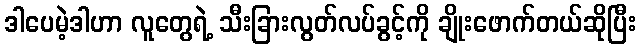
ဒါပေမဲ့ဒါဟာ လူတွေရဲ့ သီးခြားလွတ်လပ်ခွင့်ကို ချိုးဖောက်တယ်ဆိုပြီး